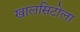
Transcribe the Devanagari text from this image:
खालसिटोला